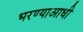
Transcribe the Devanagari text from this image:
भरण्याआधी